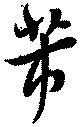
芾